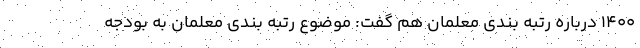
1400 درباره رتبه بندی معلمان هم گفت: موضوع رتبه بندی معلمان به بودجه